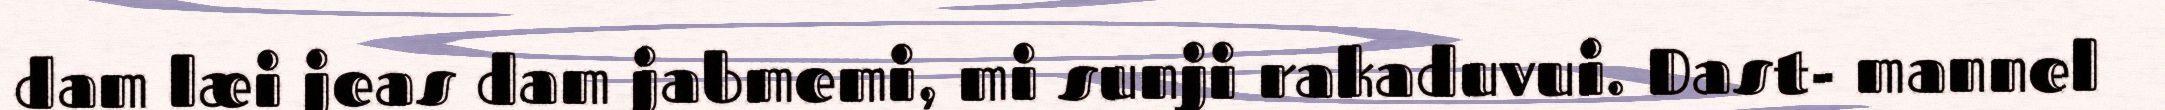
dam læi jeas dam jabmemi, mi sunji rakaduvui. Dast- mannel